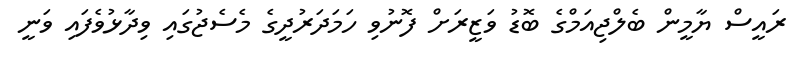
ރައީސް ޔާމީން ބެލްޖިއަމްގެ ބޮޑު ވަޒީރަށް ފޮނުވި ހަމަދަރުދީގެ މެސެޖުގައި ވިދާޅުވެފައި ވަނީ